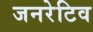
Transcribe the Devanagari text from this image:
जनरेटिव